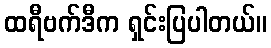
ထရီဗက်ဒီက ရှင်းပြပါတယ်။